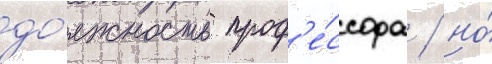
до́лжность проф'е́ссора / но́